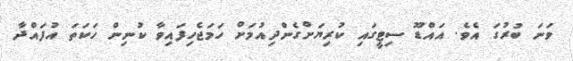
ވަނަ ބުރުގަ އެވެ. އައްޑޫ ސިޓީގައި ކުރިޔަށްގެންދިއުމަށް ހަމަޖެހިފައިވާ ކުނިން ހަކަތަ އުފައްދާ